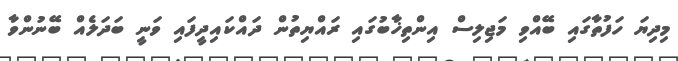
މިދިޔަ ހަފުތާގައި ބޭއްވި މަޖިލިސް އިންތިޚާބުގައި ރައްޔިތުން ދައްކައިދީފައި ވަނީ ބަދަލެއް ބޭނުންވާ